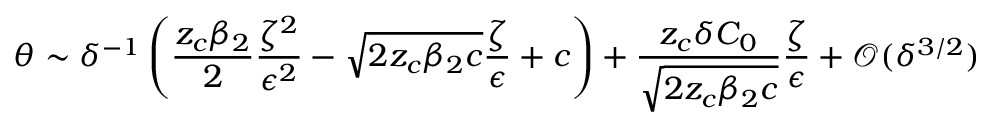
\theta \sim \delta ^ { - 1 } \left( \frac { z _ { c } \beta _ { 2 } } { 2 } \frac { \zeta ^ { 2 } } { \epsilon ^ { 2 } } - \sqrt { 2 z _ { c } \beta _ { 2 } c } \frac { \zeta } { \epsilon } + c \right) + \frac { z _ { c } \delta C _ { 0 } } { \sqrt { 2 z _ { c } \beta _ { 2 } c } } \frac { \zeta } { \epsilon } + \mathcal { O } ( \delta ^ { 3 / 2 } )